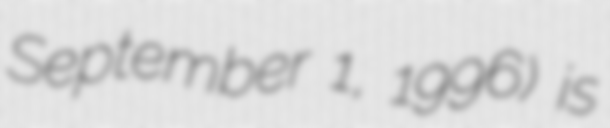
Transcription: September 1, 1996) is